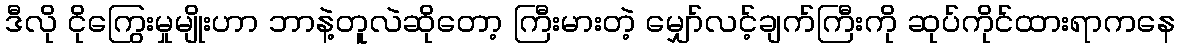
ဒီလို ငိုကြွေးမှုမျိုးဟာ ဘာနဲ့တူလဲဆိုတော့ ကြီးမားတဲ့ မျှော်လင့်ချက်ကြီးကို ဆုပ်ကိုင်ထားရာကနေ